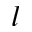
l